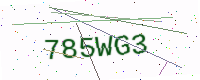
Text: 785WG3